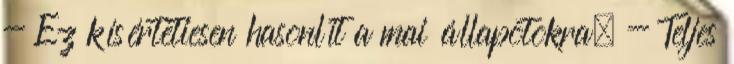
- Ez kísértetiesen hasonlít a mai állapotokra. - Teljes